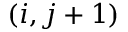
( i , j + 1 )